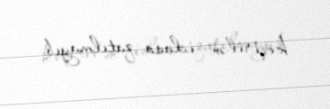
keçirilən iclasa qatılmayıb.